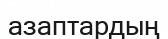
азаптардың